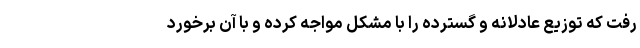
رفت که توزیع عادلانه و گسترده را با مشکل مواجه کرده و با آن برخورد